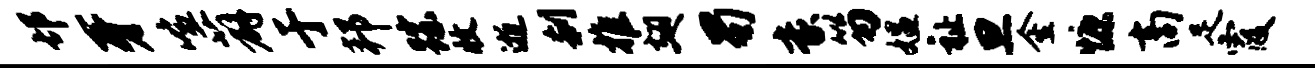
邙牙喧薜于邦踪收逝刹推翅蜀豪笏媪祉旦金慷商足霞